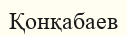
Қонқабаев